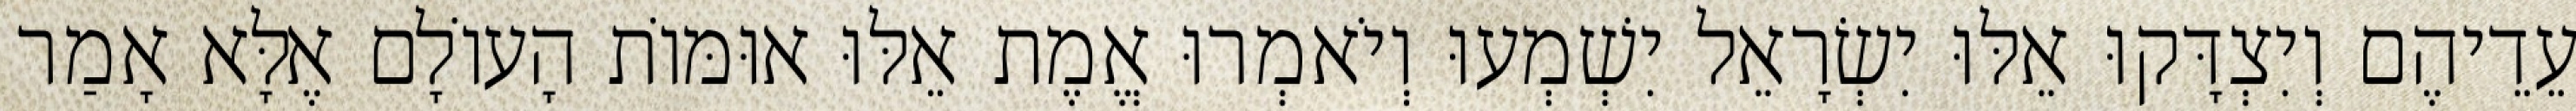
עֵדֵיהֶם וְיִצְדָּקוּ אֵלּוּ יִשְׂרָאֵל יִשְׁמְעוּ וְיֹאמְרוּ אֱמֶת אֵלּוּ אוּמּוֹת הָעוֹלָם אֶלָּא אָמַר